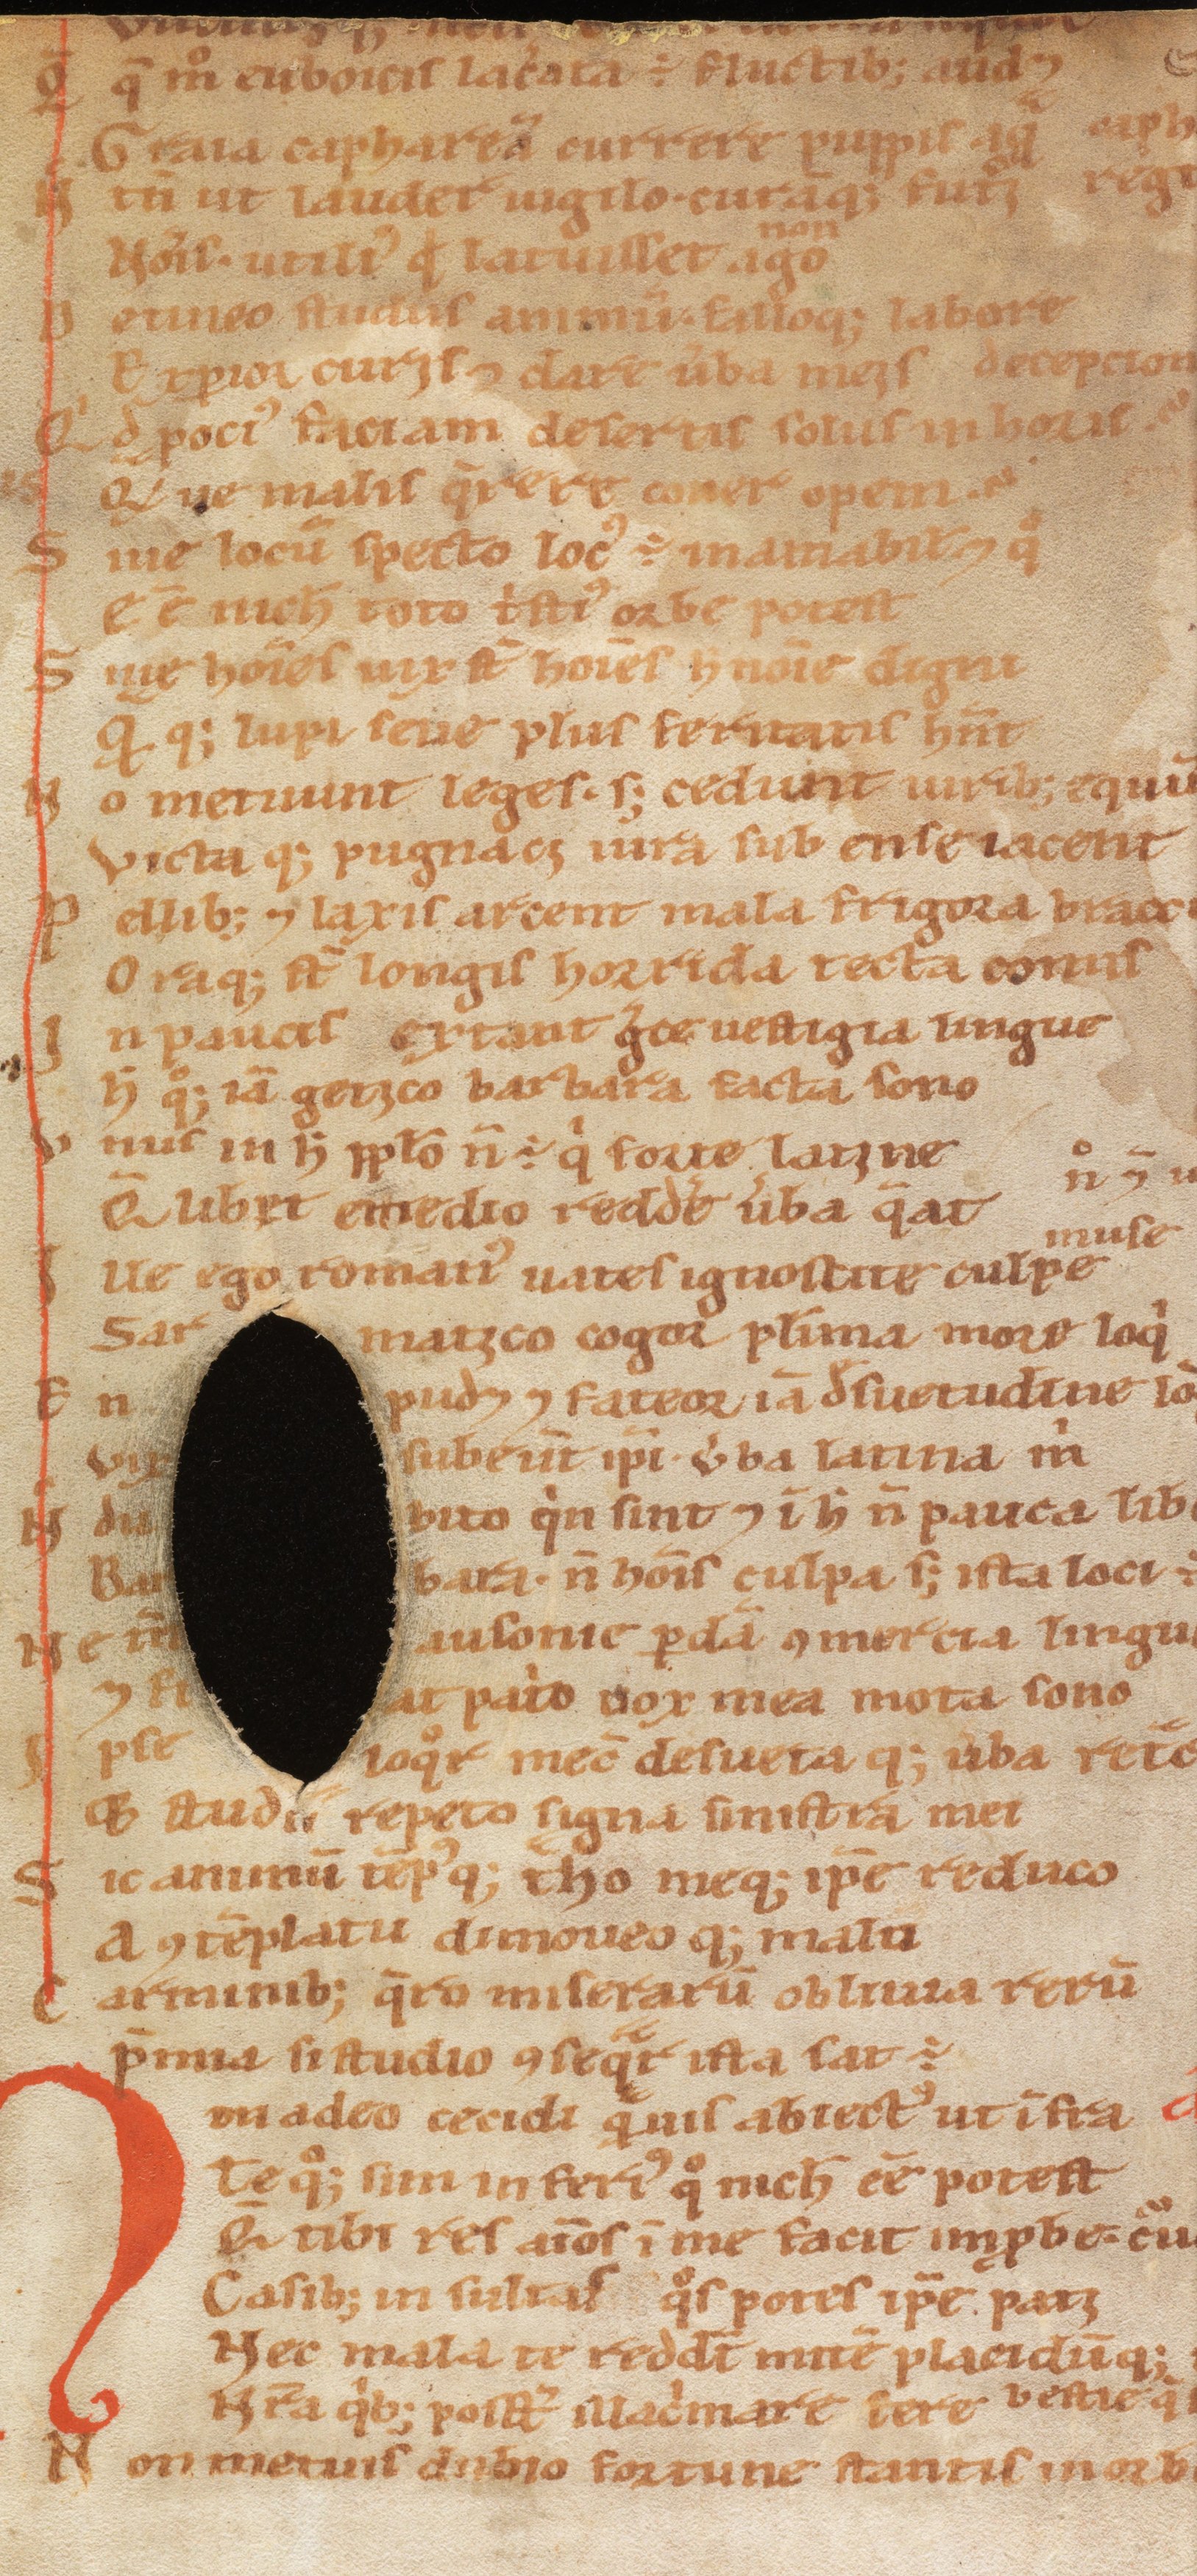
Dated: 1100–1199